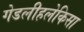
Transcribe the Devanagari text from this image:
गेडलीहलेकिसा